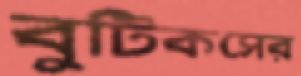
বুটিকসের